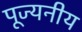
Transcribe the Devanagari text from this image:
पूज्‍यनीय